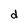
Character: d